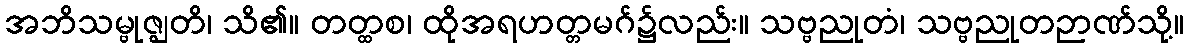
အဘိသမ္ဗုဇ္ဈတိ၊ သိ၏။ တတ္ထစ၊ ထိုအရဟတ္တမဂ်၌လည်း။ သဗ္ဗညုတံ၊ သဗ္ဗညုတဉာဏ်သို့။